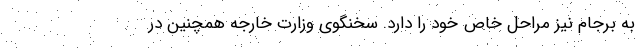
به برجام نیز مراحل خاص خود را دارد. سخنگوی وزارت خارجه همچنین در